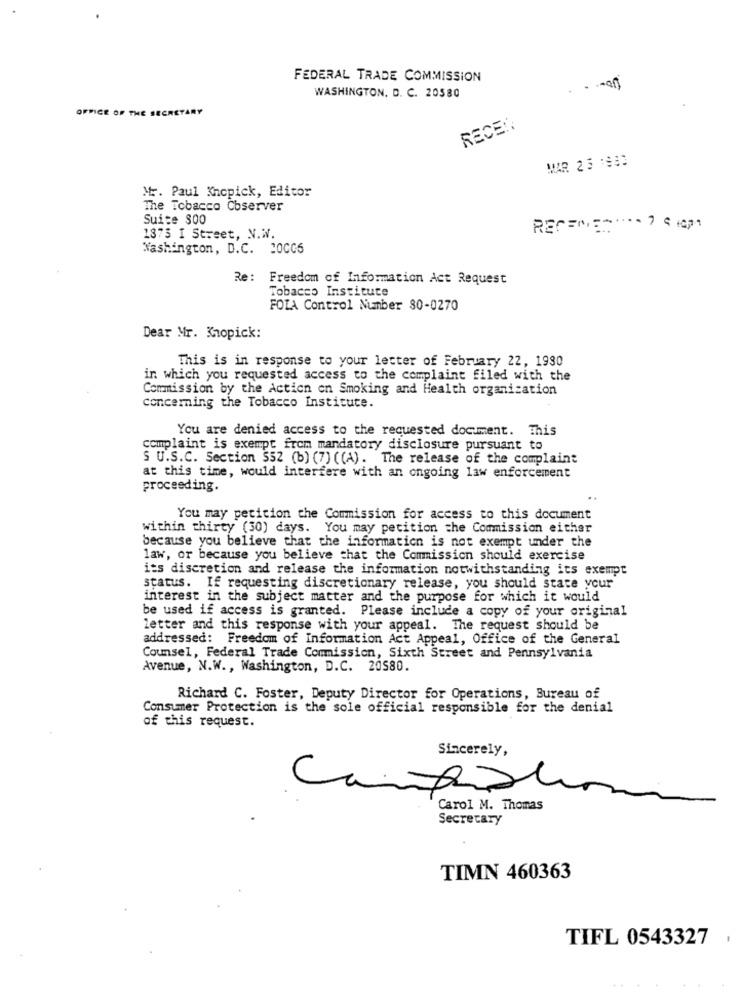
FEDERAL TRADE COMMISSION
WASHINGTON, D. C. 20580
.
OFFICE OF THE SECRETARY
RECE ::
MAR 2 5 1933
Mr. Paul Khopick, Editor
The Tobacco Cbserver
Suite 800
REC=":" ···· 7 9 1001
1875 I Street, N.W.
Washington, D.C. 200CS
Re :
Freedom of Information Act Request
Tobacco Institute
FOIA Control Number 80-0270
Dear Mr. Khopick:
This is in response to your letter of February 22, 1930
in which you requested access to the complaint filed with the
Commission by the Action on Smoking and Health organization
Concerning the Tobacco Institute.
You are denied access to the requested document. This
complaint is exempt from mandatory disclosure pursuant to
S U.S.C. Section $52 (b) (7) ( (A). The release of the complaint
at this time, would interfere with an ongoing law enforcement
proceeding.
You may petition the Commission for access to this document
within thirty (30) days. You may petition the Commission either
because you believe that the information is not exempt under the
law, or because you believe that the Commission should exercise
its discretion and release the information notwithstanding its exempt
status. If requesting discretionary release, you should state your
interest in the subject matter and the purpose for which it would
be used if access is granted. Please include a copy of your original
letter and this response with your appeal. The request should be
addressed: Freedom of Information Act Appeal, Office of the General
Counsel, Federal Trade Commission, Sixth Street and Pennsylvania
Avenue, N.W ., Washington, D.C. 20580.
Richard C. Foster, Deputy Director for Operations, Bureau of
Consumer Protection is the sole official responsible for the denial
of this request.
Carol M. Thomas
Secretary
TIMN 460363
TIFL 0543327